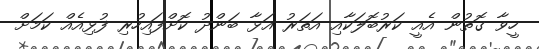
ހީވާ ގޮތުން އެއީ ކަރުބޮލަކާއި އަތަރު އަޅާ ބަންދު ކޮށްފައިހުރި ފުޅިއެއް ކަމަށް